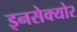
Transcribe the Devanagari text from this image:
इनसेक्योर